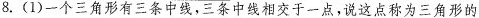
8.(1)一个三角形有三条中线，三条中线相交于一点，说这点称为三角形的